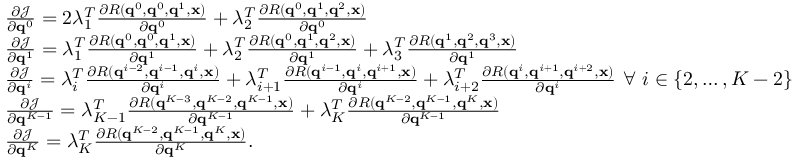
\begin{array} { r l } & { \ensuremath { \frac { \partial \mathcal { J } } { \partial \mathbf { q } ^ { 0 } } } = 2 \lambda _ { 1 } ^ { T } \ensuremath { \frac { \partial R ( \mathbf { q } ^ { 0 } , \mathbf { q } ^ { 0 } , \mathbf { q } ^ { 1 } , \ensuremath { \mathbf { x } } ) } { \partial \mathbf { q } ^ { 0 } } } + \lambda _ { 2 } ^ { T } \ensuremath { \frac { \partial R ( \mathbf { q } ^ { 0 } , \mathbf { q } ^ { 1 } , \mathbf { q } ^ { 2 } , \ensuremath { \mathbf { x } } ) } { \partial \mathbf { q } ^ { 0 } } } } \\ & { \ensuremath { \frac { \partial \mathcal { J } } { \partial \mathbf { q } ^ { 1 } } } = \lambda _ { 1 } ^ { T } \ensuremath { \frac { \partial R ( \mathbf { q } ^ { 0 } , \mathbf { q } ^ { 0 } , \mathbf { q } ^ { 1 } , \ensuremath { \mathbf { x } } ) } { \partial \mathbf { q } ^ { 1 } } } + \lambda _ { 2 } ^ { T } \ensuremath { \frac { \partial R ( \mathbf { q } ^ { 0 } , \mathbf { q } ^ { 1 } , \mathbf { q } ^ { 2 } , \ensuremath { \mathbf { x } } ) } { \partial \mathbf { q } ^ { 1 } } } + \lambda _ { 3 } ^ { T } \ensuremath { \frac { \partial R ( \mathbf { q } ^ { 1 } , \mathbf { q } ^ { 2 } , \mathbf { q } ^ { 3 } , \ensuremath { \mathbf { x } } ) } { \partial \mathbf { q } ^ { 1 } } } } \\ & { \ensuremath { \frac { \partial \mathcal { J } } { \partial \mathbf { q } ^ { i } } } = \lambda _ { i } ^ { T } \ensuremath { \frac { \partial R ( \mathbf { q } ^ { i - 2 } , \mathbf { q } ^ { i - 1 } , \mathbf { q } ^ { i } , \ensuremath { \mathbf { x } } ) } { \partial \mathbf { q } ^ { i } } } + \lambda _ { i + 1 } ^ { T } \ensuremath { \frac { \partial R ( \mathbf { q } ^ { i - 1 } , \mathbf { q } ^ { i } , \mathbf { q } ^ { i + 1 } , \ensuremath { \mathbf { x } } ) } { \partial \mathbf { q } ^ { i } } } + \lambda _ { i + 2 } ^ { T } \ensuremath { \frac { \partial R ( \mathbf { q } ^ { i } , \mathbf { q } ^ { i + 1 } , \mathbf { q } ^ { i + 2 } , \ensuremath { \mathbf { x } } ) } { \partial \mathbf { q } ^ { i } } } \ \forall \ i \in \{ 2 , \dots , K - 2 \} } \\ & { \ensuremath { \frac { \partial \mathcal { J } } { \partial \mathbf { q } ^ { K - 1 } } } = \lambda _ { K - 1 } ^ { T } \ensuremath { \frac { \partial R ( \mathbf { q } ^ { K - 3 } , \mathbf { q } ^ { K - 2 } , \mathbf { q } ^ { K - 1 } , \ensuremath { \mathbf { x } } ) } { \partial \mathbf { q } ^ { K - 1 } } } + \lambda _ { K } ^ { T } \ensuremath { \frac { \partial R ( \mathbf { q } ^ { K - 2 } , \mathbf { q } ^ { K - 1 } , \mathbf { q } ^ { K } , \ensuremath { \mathbf { x } } ) } { \partial \mathbf { q } ^ { K - 1 } } } } \\ & { \ensuremath { \frac { \partial \mathcal { J } } { \partial \mathbf { q } ^ { K } } } = \lambda _ { K } ^ { T } \ensuremath { \frac { \partial R ( \mathbf { q } ^ { K - 2 } , \mathbf { q } ^ { K - 1 } , \mathbf { q } ^ { K } , \ensuremath { \mathbf { x } } ) } { \partial \mathbf { q } ^ { K } } } . } \end{array}